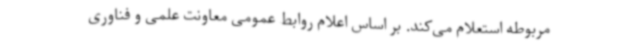
مربوطه استعلام می‌کند. بر اساس اعلام روابط عمومی معاونت علمی و فناوری